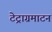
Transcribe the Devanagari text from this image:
टेट्राग्रमाटन